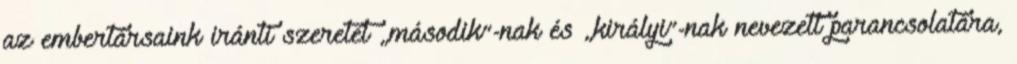
az embertársaink iránti szeretet „második”-nak és „királyi”-nak nevezett parancsolatára,